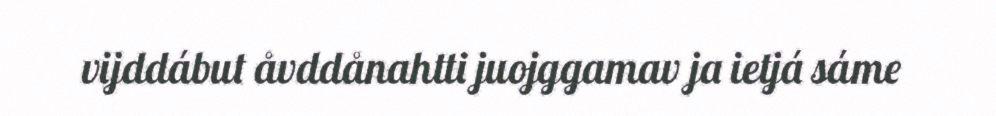
vijddábut åvddånahtti juojggamav ja ietjá sáme